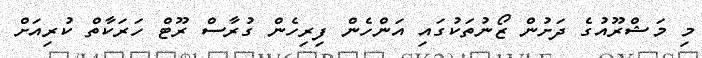
މި މަޝްރޫއުގެ ދަށުން ޒޯނުތަކުގައި އަންހެން ފިރިހެން ގުރާސް ރޫޓް ހަރަކާތް ކުރިއަށް